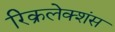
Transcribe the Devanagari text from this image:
रिक्रलेक्शंस